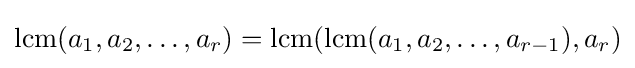
\operatorname {lcm} (a_{1},a_{2},\ldots ,a_{r})=\operatorname {lcm} (\operatorname {lcm} (a_{1},a_{2},\ldots ,a_{r-1}),a_{r})